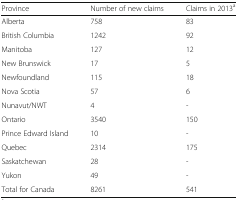
<table><thead><tr><td><b>Province</b></td><td><b>Number of new claims</b></td><td><b>Claims in 2013<sup>a</sup></b></td></tr></thead><tbody><tr><td>Alberta</td><td>758</td><td>83</td></tr><tr><td>British Columbia</td><td>1242</td><td>92</td></tr><tr><td>Manitoba</td><td>127</td><td>12</td></tr><tr><td>New Brunswick</td><td>17</td><td>5</td></tr><tr><td>Newfoundland</td><td>115</td><td>18</td></tr><tr><td>Nova Scotia</td><td>57</td><td>6</td></tr><tr><td>Nunavut/NWT</td><td>4</td><td>-</td></tr><tr><td>Ontario</td><td>3540</td><td>150</td></tr><tr><td>Prince Edward Island</td><td>10</td><td>-</td></tr><tr><td>Quebec</td><td>2314</td><td>175</td></tr><tr><td>Saskatchewan</td><td>28</td><td>-</td></tr><tr><td>Yukon</td><td>49</td><td>-</td></tr><tr><td>Total for Canada</td><td>8261</td><td>541</td></tr></tbody></table>